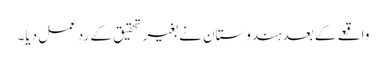
واقعے کے بعد ہندوستان نے بغیر تحقیق کے ردعمل دیا۔